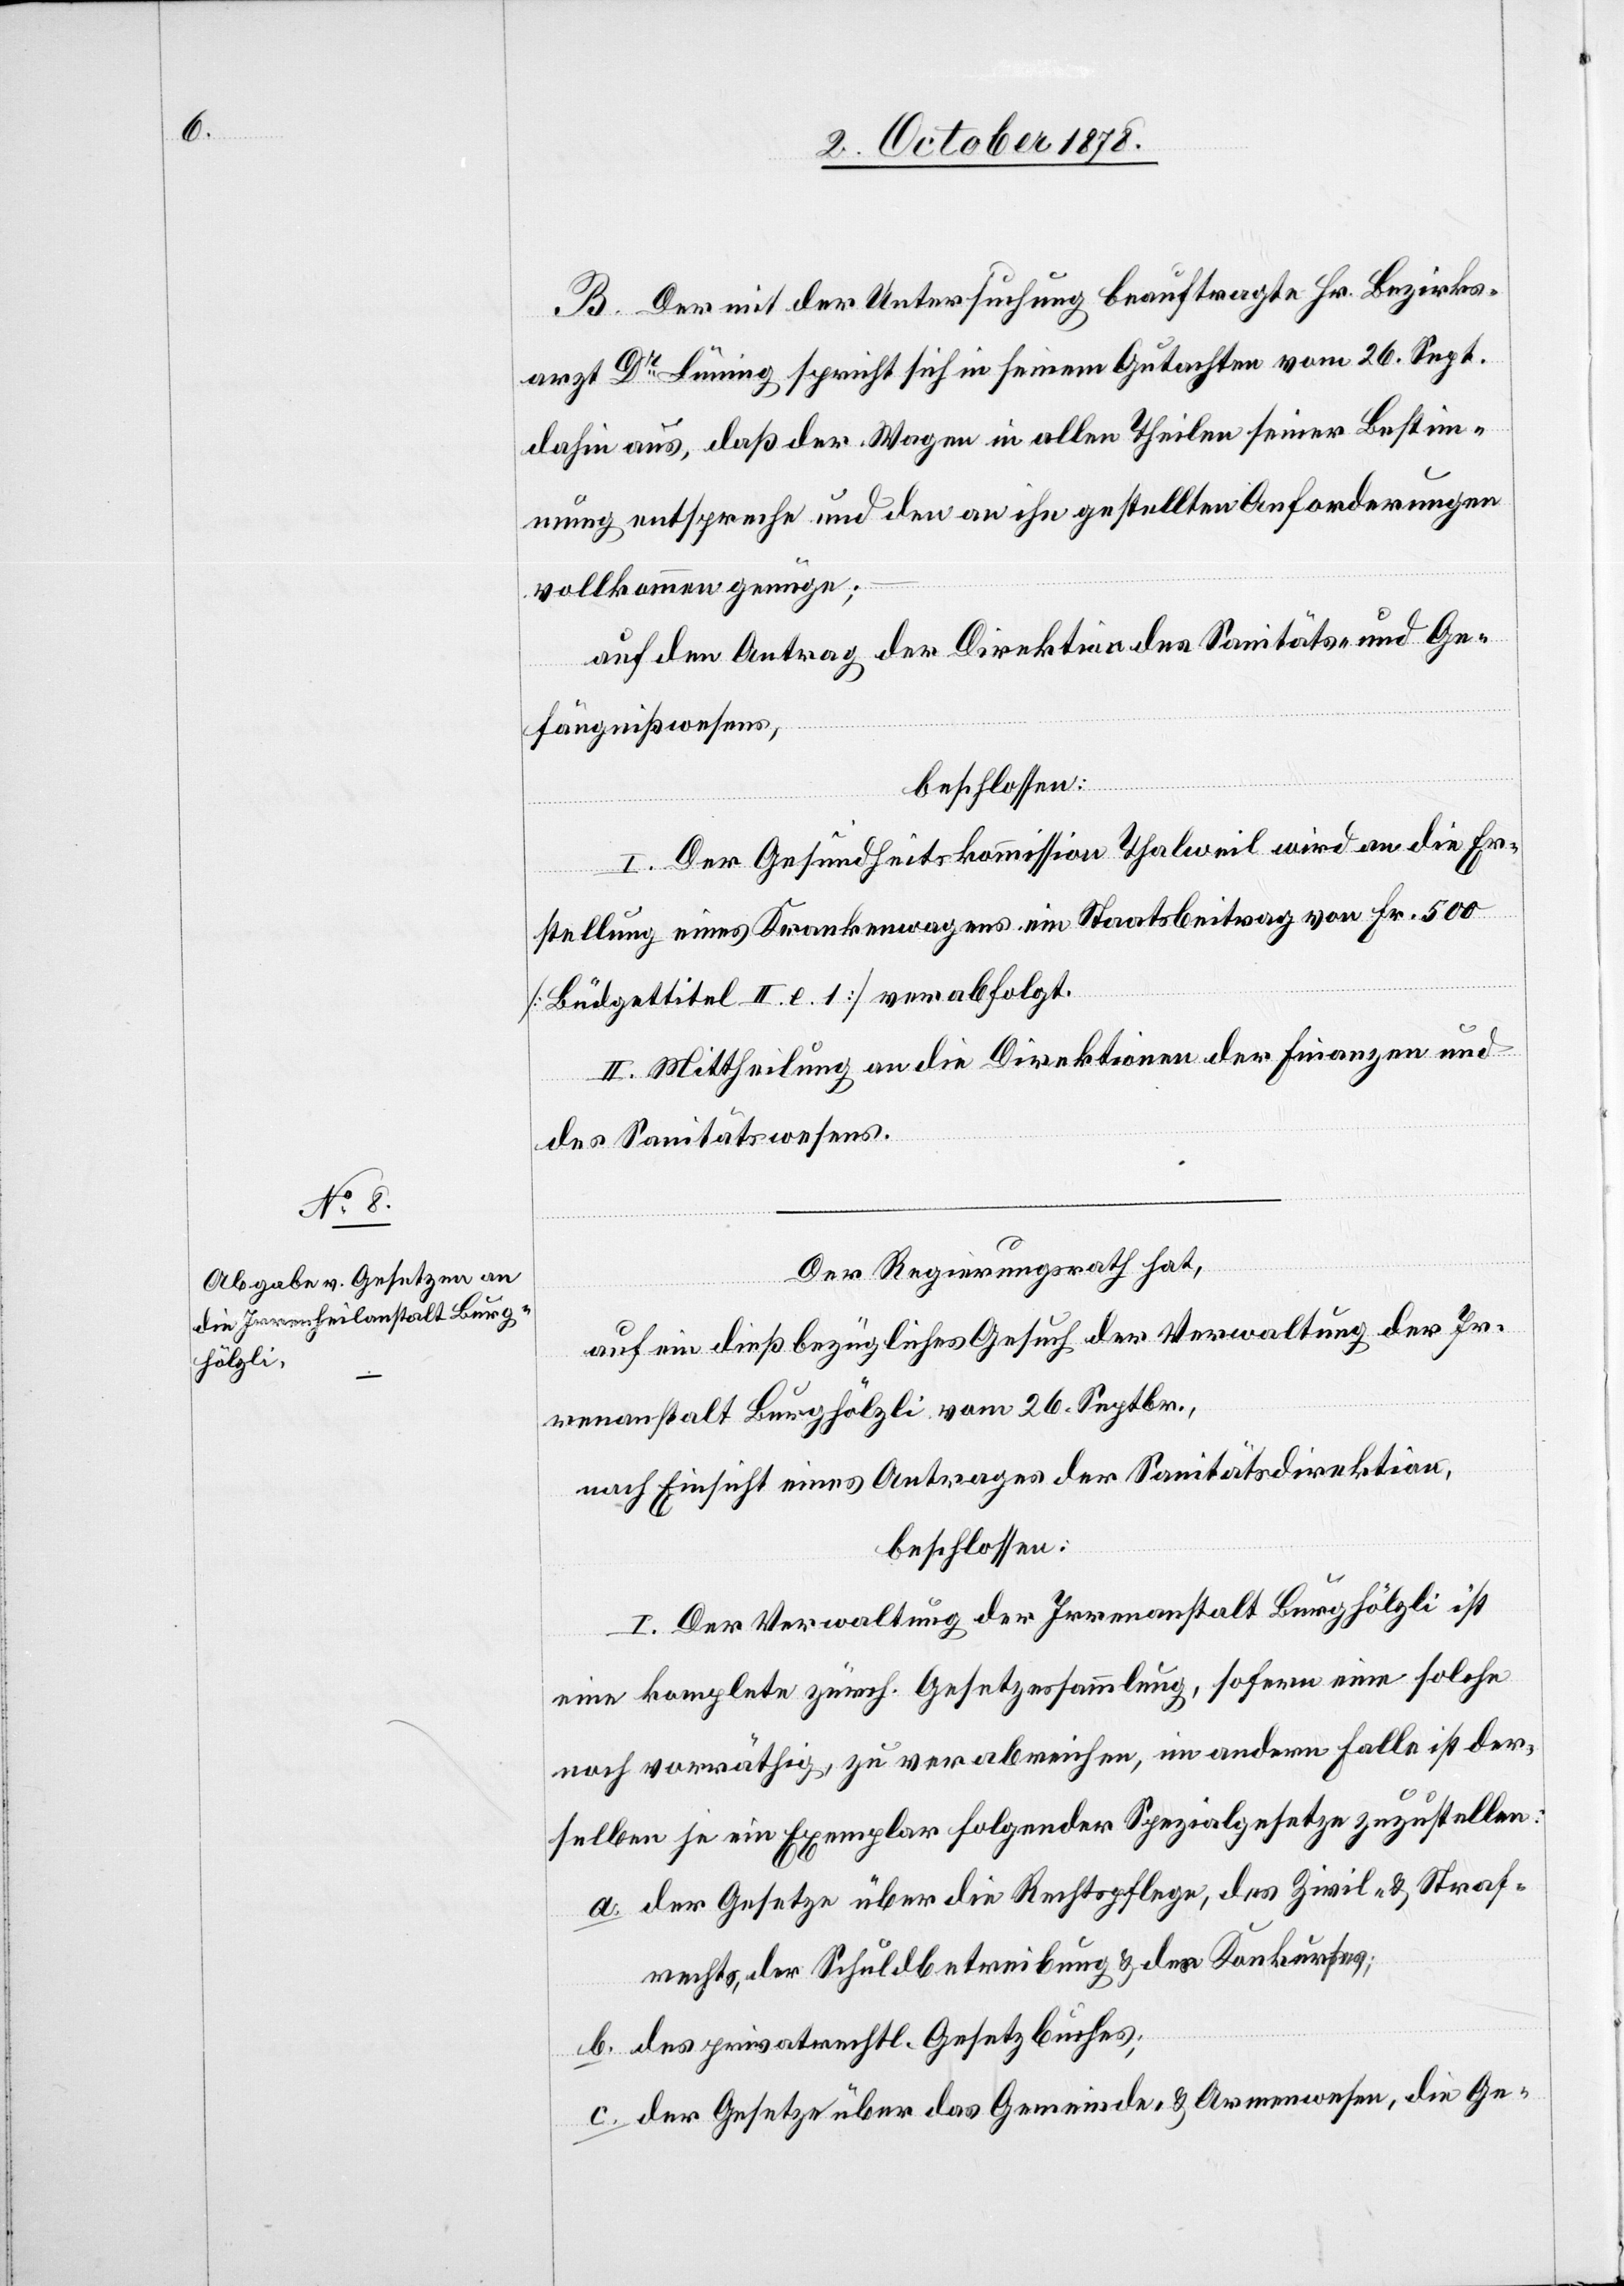
B. Der mit der Untersuchung beauftrage Hr. Bezirks¬
arzt Dr Lüning spricht sich in seinem Gutachten vom 26. Sept.
dahin aus, daß der Wagen in allen Theilen seiner Bestim¬
mung entspreche und den an ihn gestellten Anforderungen
vollkommen genüge;
auf den Antrag der Direktion des Sanitäts- & Ge¬
b.
fängnißwesens,
beschlossen:
I. Der Gesundheitskommission Thalweil wird an die Er¬
stellung eines Krankenwagens ein Staatsbeitrag von Fr. 500
[Büdgettitel II. l. 1] verabfolgt.
II. Mittheilung an die Direktionen der Finanzen und
des Sanitätswesens.
Der Regierungsrath hat,
auf ein dießbezügliches Gesuch der Verwaltung der Ir¬
renanstalt Burghölzli vom 26. Septbr.,
nach Einsicht eines Antrages der Sanitätsdirektion,
beschlossen:
I. Der Verwaltung der Irrenanstalt Burghölzli ist
eine komplete zürch. Gesetzessammlung, sofern eine solche
noch vorräthig, zu verabreichen, in anderm Falle ist der¬
selben je ein Exemplar folgender Spezialgesetze zuzustellen:
der Gesetze über die Rechtspflege, des zivil- & Straf¬
rechts, der Schuldbetreibung & des Konkurses,
des privatrechtl. Gesetzbuches;
der Gesetze über das Gemeinde- & Armenwesen, die Ge-